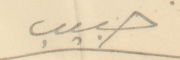
حبيب